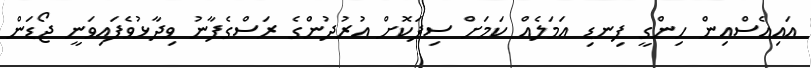
އައިއެސްއިން ހިންގީ ފިނޑި އަމަލެއް ކަމަށް ސިފަކޮށް އުރުދުންގެ ރަސްގެފާނު ވިދާޅުވެފައިވަނީ ޖޯޑަން